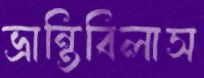
ভ্রান্তিবিলাস